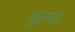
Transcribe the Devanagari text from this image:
मुल्या